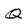
Character: Q